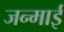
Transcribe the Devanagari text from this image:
जन्माई